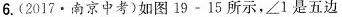
6.(2017·南京中考)如图19-15所示，\angle1是五边